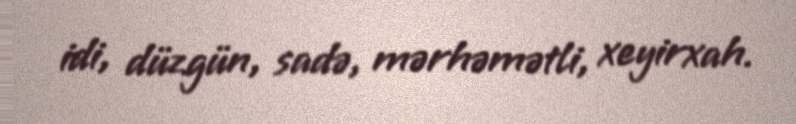
idi, düzgün, sadə, mərhəmətli, xeyirxah.